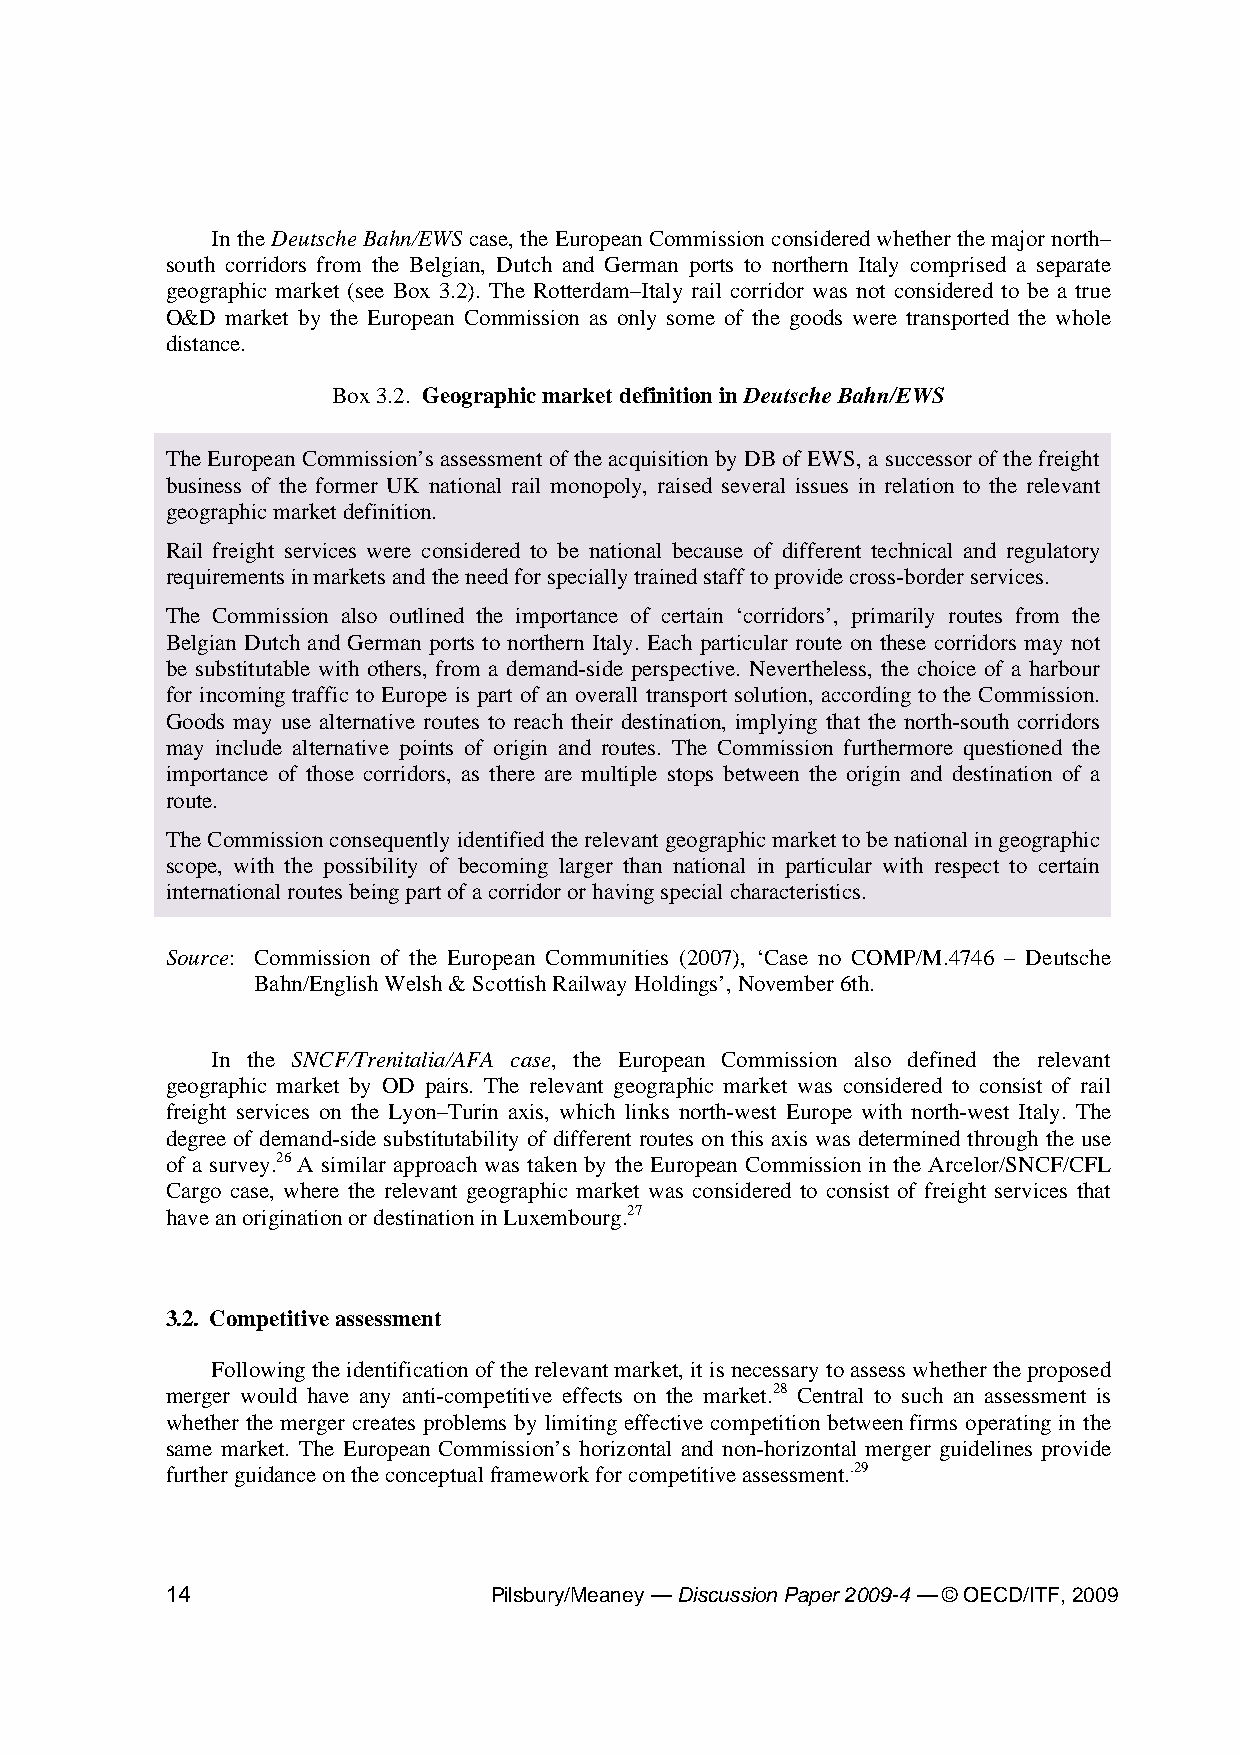
In the Deutsche Bahn/EWS case, the European Commission considered whether the major north–
 south corridors from the Belgian, Dutch and German ports to northern Italy comprised a separate
 geographic market (see Box 3.2). The Rotterdam–Italy rail corridor was not considered to be a true
 O&D market by the European Commission as only some of the goods were transported the whole
 distance.
 Box 3.2. Geographic market definition in Deutsche Bahn/EWS
 The European Commission’s assessment of the acquisition by DB of EWS, a successor of the freight
 business of the former UK national rail monopoly, raised several issues in relation to the relevant
 geographic market definition.
 Rail freight services were considered to be national because of different technical and regulatory
 requirements in markets and the need for specially trained staff to provide cross-border services.
 The Commission also outlined the importance of certain ‘corridors’, primarily routes from the
 Belgian Dutch and German ports to northern Italy. Each particular route on these corridors may not
 be substitutable with others, from a demand-side perspective. Nevertheless, the choice of a harbour
 for incoming traffic to Europe is part of an overall transport solution, according to the Commission.
 Goods may use alternative routes to reach their destination, implying that the north-south corridors
 may include alternative points of origin and routes. The Commission furthermore questioned the
 importance of those corridors, as there are multiple stops between the origin and destination of a
 route.
 The Commission consequently identified the relevant geographic market to be national in geographic
 scope, with the possibility of becoming larger than national in particular with respect to certain
 international routes being part of a corridor or having special characteristics.
 Source: Commission of the European Communities (2007), ‘Case no COMP/M.4746 – Deutsche
 Bahn/English Welsh & Scottish Railway Holdings’, November 6th.
 In the SNCF/Trenitalia/AFA case, the European Commission also defined the relevant
 geographic market by OD pairs. The relevant geographic market was considered to consist of rail
 freight services on the Lyon–Turin axis, which links north-west Europe with north-west Italy. The
 degree of demand-side substitutability of different routes on this axis was determined through the use
 of a survey.26 A similar approach was taken by the European Commission in the Arcelor/SNCF/CFL
 Cargo case, where the relevant geographic market was considered to consist of freight services that
 have an origination or destination in Luxembourg.27
 3.2. Competitive assessment
 Following the identification of the relevant market, it is necessary to assess whether the proposed
 merger would have any anti-competitive effects on the market.28 Central to such an assessment is
 whether the merger creates problems by limiting effective competition between firms operating in the
 same market. The European Commission’s horizontal and non-horizontal merger guidelines provide
 further guidance on the conceptual framework for competitive assessment..29
 14                   Pilsbury/Meaney — Discussion Paper 2009-4 — © OECD/ITF, 2009